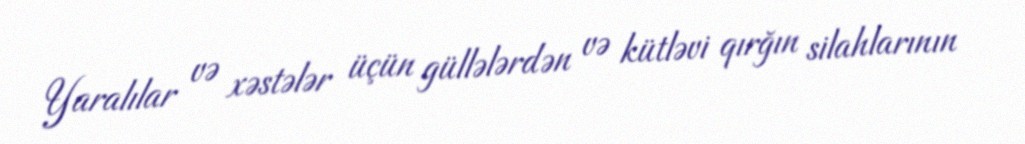
Yaralılar və xəstələr üçün güllələrdən və kütləvi qırğın silahlarının